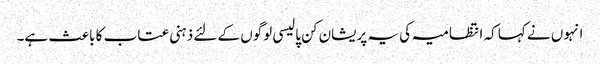
انہوں نے کہا کہ انتظامیہ کی یہ پریشان کن پالیسی لوگوں کے لئے ذہنی عتاب کا باعث ہے۔